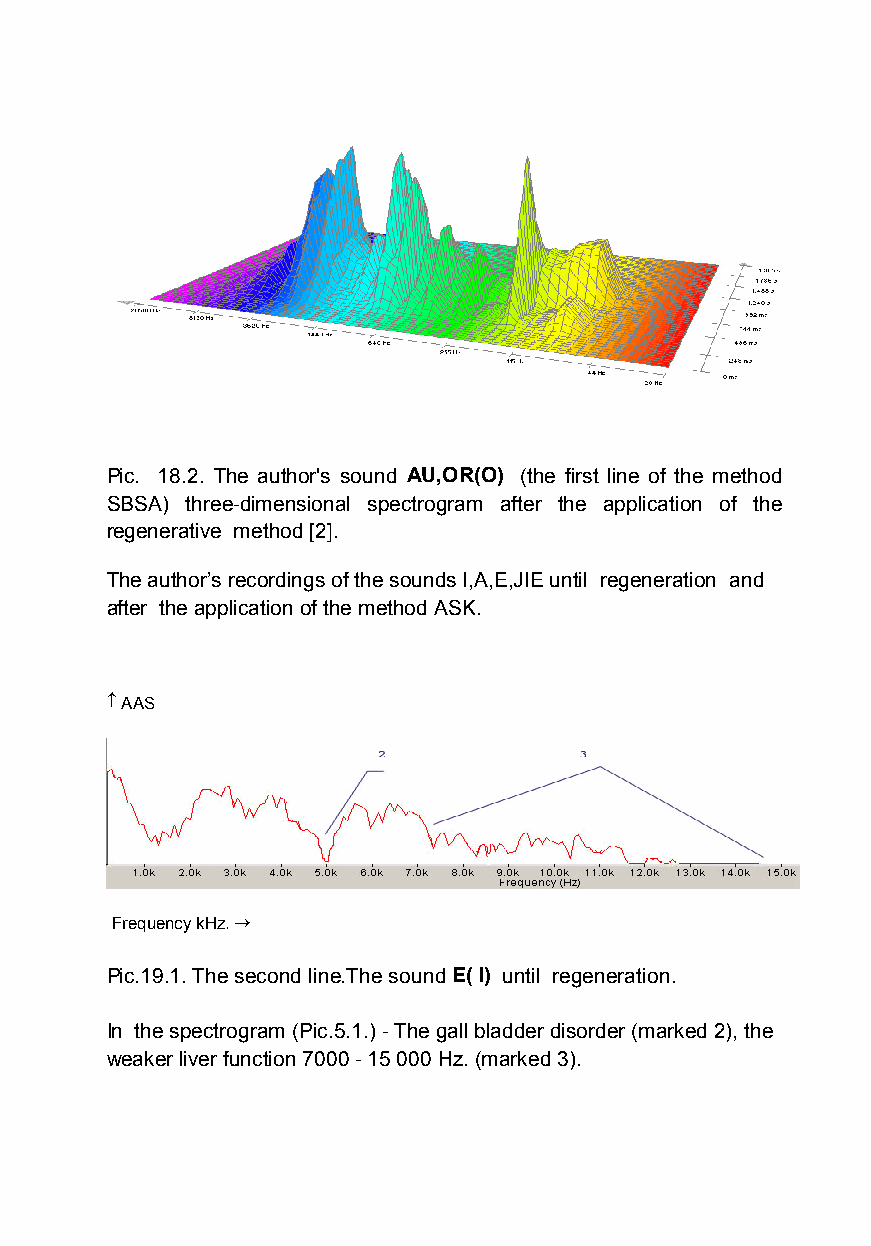
Pic. 18.2. The author's sound AU,OR(O) (the first line of the method
 SBSA) three-dimensional spectrogram after the application of the
 regenerative method [2].
 The author’s recordings of the sounds I,A,E,JIE until regeneration and
 after the application of the method ASK.
  AAS
 Frequency kHz.
 Pic.19.1. The second line.The soundE(I) until regeneration.
 In the spectrogram (Pic.5.1.)- The gall bladder disorder (marked 2), the
 weaker liver function 7000- 15 000 Hz.(marked 3).